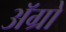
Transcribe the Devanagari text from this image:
अॅग्रो